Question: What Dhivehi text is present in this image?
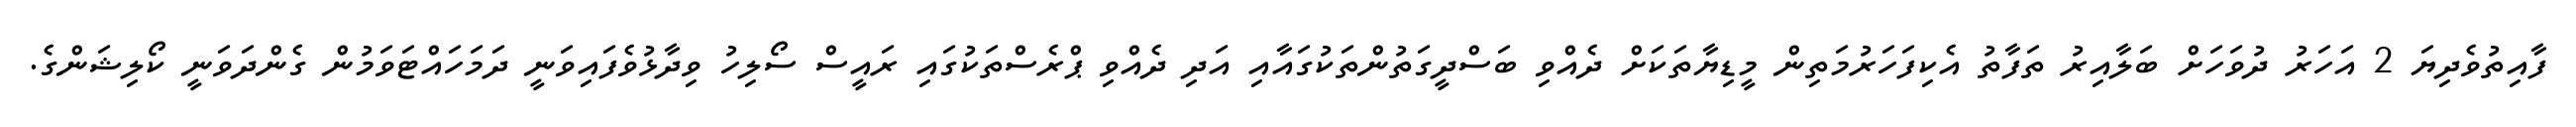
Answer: ފާއިތުވެދިޔަ 2 އަހަރު ދުވަހަށް ބަލާއިރު ތަފާތު އެކިފަހަރުމަތިން މީޑިޔާތަކަށް ދެއްވި ބަސްދީގަތުންތަކުގައާއި އަދި ދެއްވި ޕްރެސްތަކުގައި ރައީސް ސޯލިހު ވިދާޅުވެފައިވަނީ ދަމަހައްޓަވަމުން ގެންދަވަނީ ކޯލިޝަންގެ.